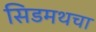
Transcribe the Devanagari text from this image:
सिडमथचा